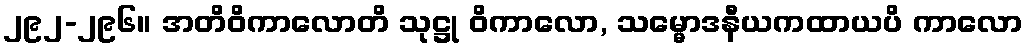
၂၉၂-၂၉၆။ အတိဝိကာလောတိ သုဋ္ဌု ဝိကာလော, သမ္မောဒနီယကထာယပိ ကာလော